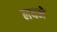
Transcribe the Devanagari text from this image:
लयमे